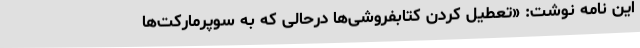
این نامه نوشت: «تعطیل کردن کتابفروشی‌ها درحالی که به سوپرمارکت‌ها